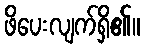
ဖိပေးလျက်ရှိ၏။